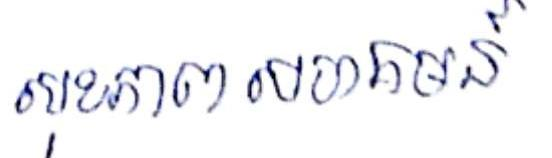
សុខភាព សហគមន៍